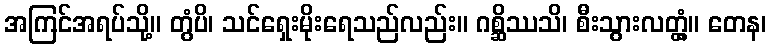
အကြင်အရပ်သို့။ တွံပိ၊ သင်ရှေးမိုးရေသည်လည်း။ ဂစ္ဆိဿသိ၊ စီးသွားလတ္တံ့။ တေန၊